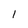
Character: 1